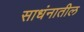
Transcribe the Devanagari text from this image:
साधंनातील